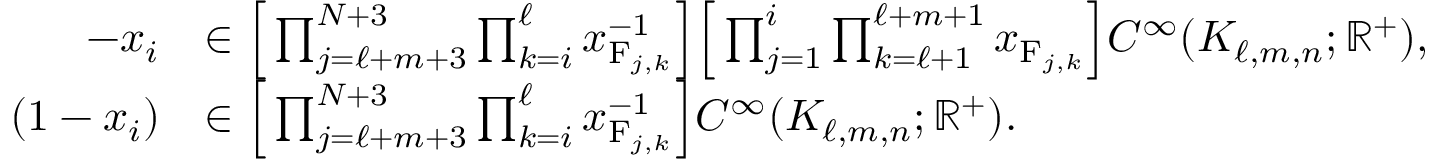
\begin{array} { r l } { - x _ { i } } & { \in \Big [ \prod _ { j = \ell + m + 3 } ^ { N + 3 } \prod _ { k = i } ^ { \ell } x _ { \mathrm { F } _ { j , k } } ^ { - 1 } \Big ] \Big [ \prod _ { j = 1 } ^ { i } \prod _ { k = \ell + 1 } ^ { \ell + m + 1 } x _ { \mathrm { F } _ { j , k } } \Big ] C ^ { \infty } ( K _ { \ell , m , n } ; \mathbb { R } ^ { + } ) , } \\ { ( 1 - x _ { i } ) } & { \in \Big [ \prod _ { j = \ell + m + 3 } ^ { N + 3 } \prod _ { k = i } ^ { \ell } x _ { \mathrm { F } _ { j , k } } ^ { - 1 } \Big ] C ^ { \infty } ( K _ { \ell , m , n } ; \mathbb { R } ^ { + } ) . } \end{array}